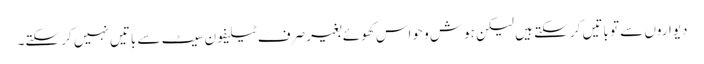
دیواروں سے تو باتیں کر سکتے ہیں لیکن ہوش و حواس کھوئے بغیر صرف ٹیلیفون سیٹ سے باتیں نہیں کر سکتے۔